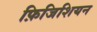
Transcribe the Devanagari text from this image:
फ़िजिशियन